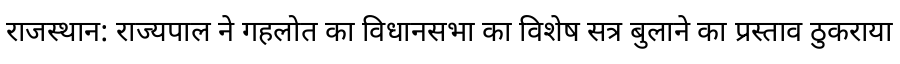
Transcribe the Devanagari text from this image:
राजस्थान: राज्यपाल ने गहलोत का विधानसभा का विशेष सत्र बुलाने का प्रस्ताव ठुकराया